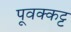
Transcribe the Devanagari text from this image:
पूवक्कट्ट